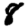
Digit: 8